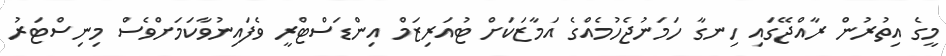
މީގެ އިތުރުން ރާއްޖޭގައި ހިނގާ ހަމަނުޖެހުމެއްގެ އަމާޒަކަށް ޓުއަރިޒަމް އިންޑަސްޓްރީ ވެފައިނުވާކަމަށްވެސް މިނިސްޓަރު